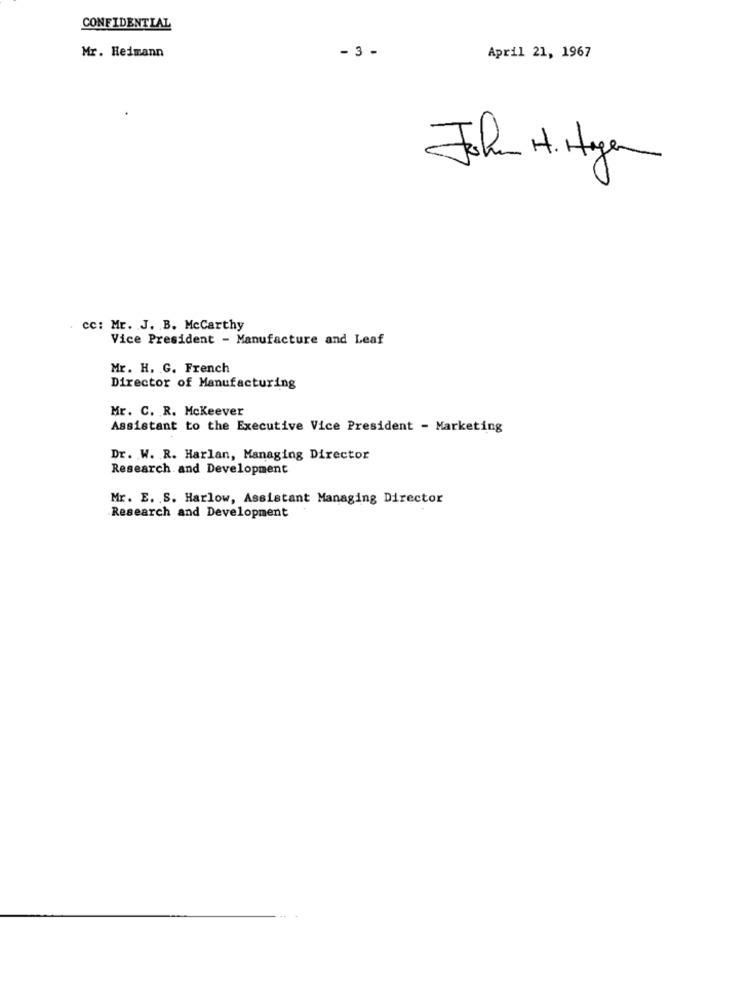
CONFIDENTIAL
- 3 -
Mr. Heimann
April 21, 1967
John H. Hyer
cc: Mr. J. B. Mccarthy
Vice President - Manufacture and Leaf
Mr. H. G. French
Director of Manufacturing
Mr. C. R. Mckeever
Assistant to the Executive Vice President - Marketing
Dr. W. R. Harlan, Managing Director
Research and Development
Mr. E. S. Harlow, Assistant Managing Director
Research and Development